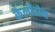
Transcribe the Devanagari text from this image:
कैलीडोन